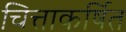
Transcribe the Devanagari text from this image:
चित्ताकर्षित